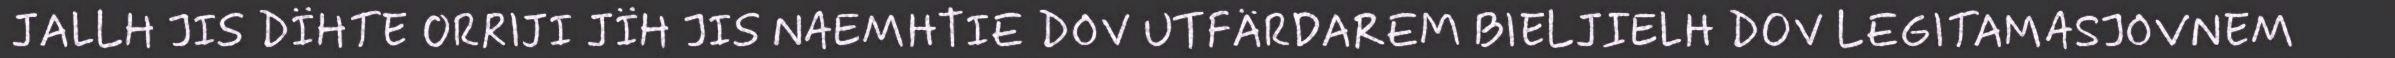
JALLH JIS DÏHTE ORRIJI JÏH JIS NAEMHTIE DOV UTFÄRDAREM BIELJIELH DOV LEGITAMASJOVNEM